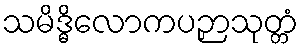
သမိဒ္ဓိလောကပဉှာသုတ္တံ